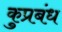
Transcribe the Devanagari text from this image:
कुप्रबंध